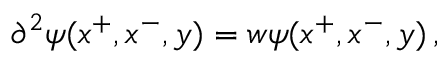
\partial ^ { 2 } \psi ( x ^ { + } , x ^ { - } , y ) = w \psi ( x ^ { + } , x ^ { - } , y ) \, ,